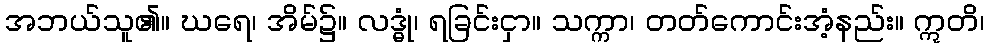
အဘယ်သူ၏။ ဃရေ၊ အိမ်၌။ လဒ္ဓုံ၊ ရခြင်းငှာ။ သက္ကာ၊ တတ်ကောင်းအံ့နည်း။ ဣတိ၊